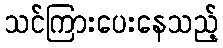
သင်ကြားပေးနေသည့်